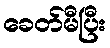
ခေတ်မီပြီး